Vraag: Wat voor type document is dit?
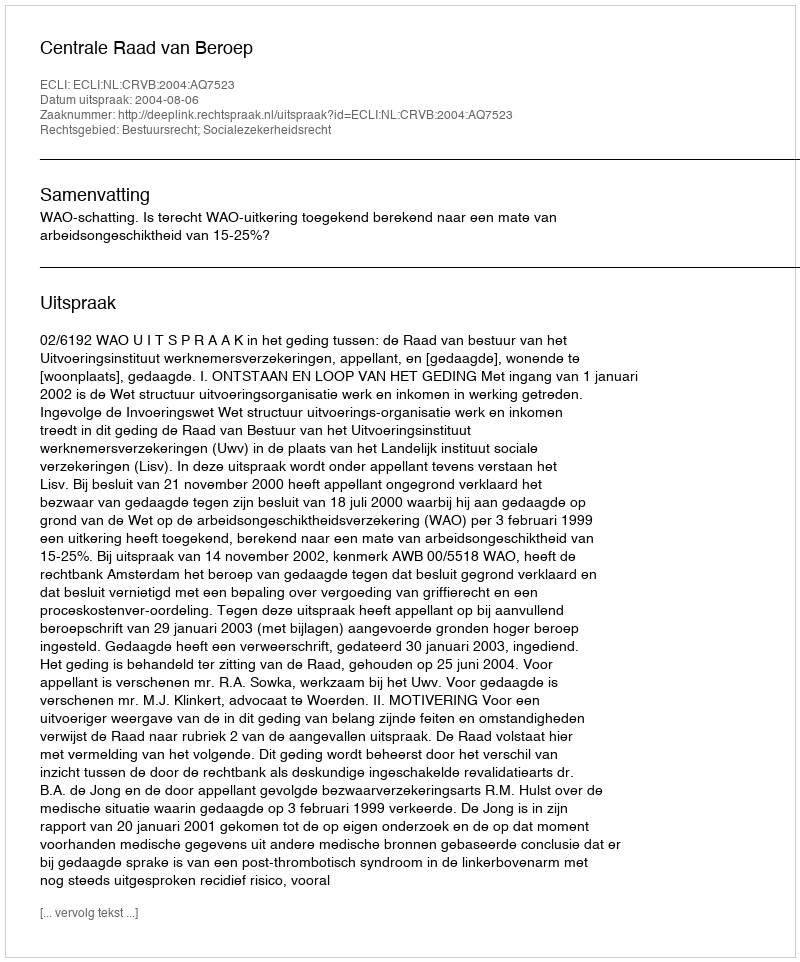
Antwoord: Uitspraak